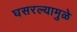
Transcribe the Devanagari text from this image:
घसरल्यामुळे